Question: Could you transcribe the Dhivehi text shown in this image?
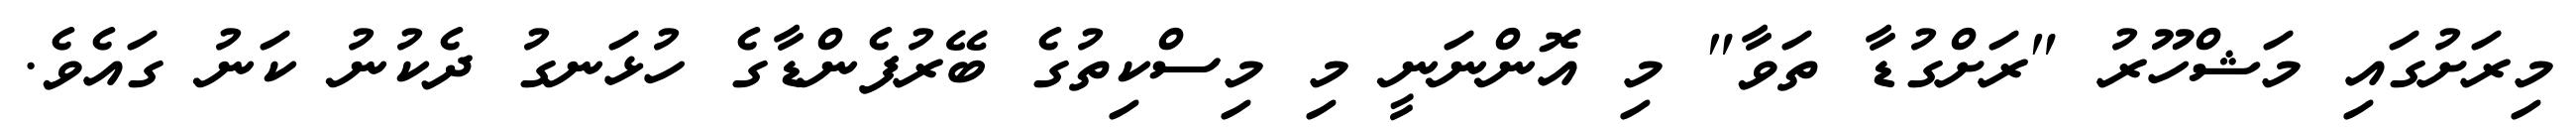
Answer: މިރަށުގައި މަޝްހޫރު "ރަށްގުޑާ ތަވާ" މި އޮންނަނީ މި މިސްކިތުގެ ބޭރުފެންޑާގެ ހުޅަނގު ދެކުނު ކަނު ގައެވެ.